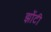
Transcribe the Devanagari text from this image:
झोंटी